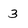
Character: 3